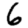
Digit: 6